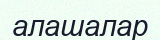
алашалар